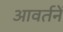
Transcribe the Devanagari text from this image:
आवर्तनें